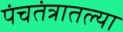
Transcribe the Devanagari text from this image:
पंचतंत्रातल्या